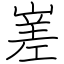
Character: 嵳